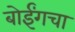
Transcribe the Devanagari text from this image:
बोईंगचा